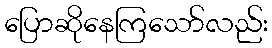
ပြောဆိုနေကြသော်လည်း